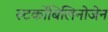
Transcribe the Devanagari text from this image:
स्‍टर्कोबिलिनोजेन